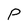
Character: P